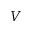
V